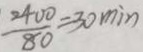
\frac { 2 4 0 0 } { 8 0 } = 3 0 \min